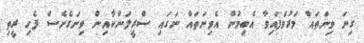
ގިނަ ވިނަތައް މަރުވެފައިވާ އެބިމުން އެވިނަތައް ނަގައި ސްރީލަންކާއިން ވިނަގެނެސް ފެހި ރީތި